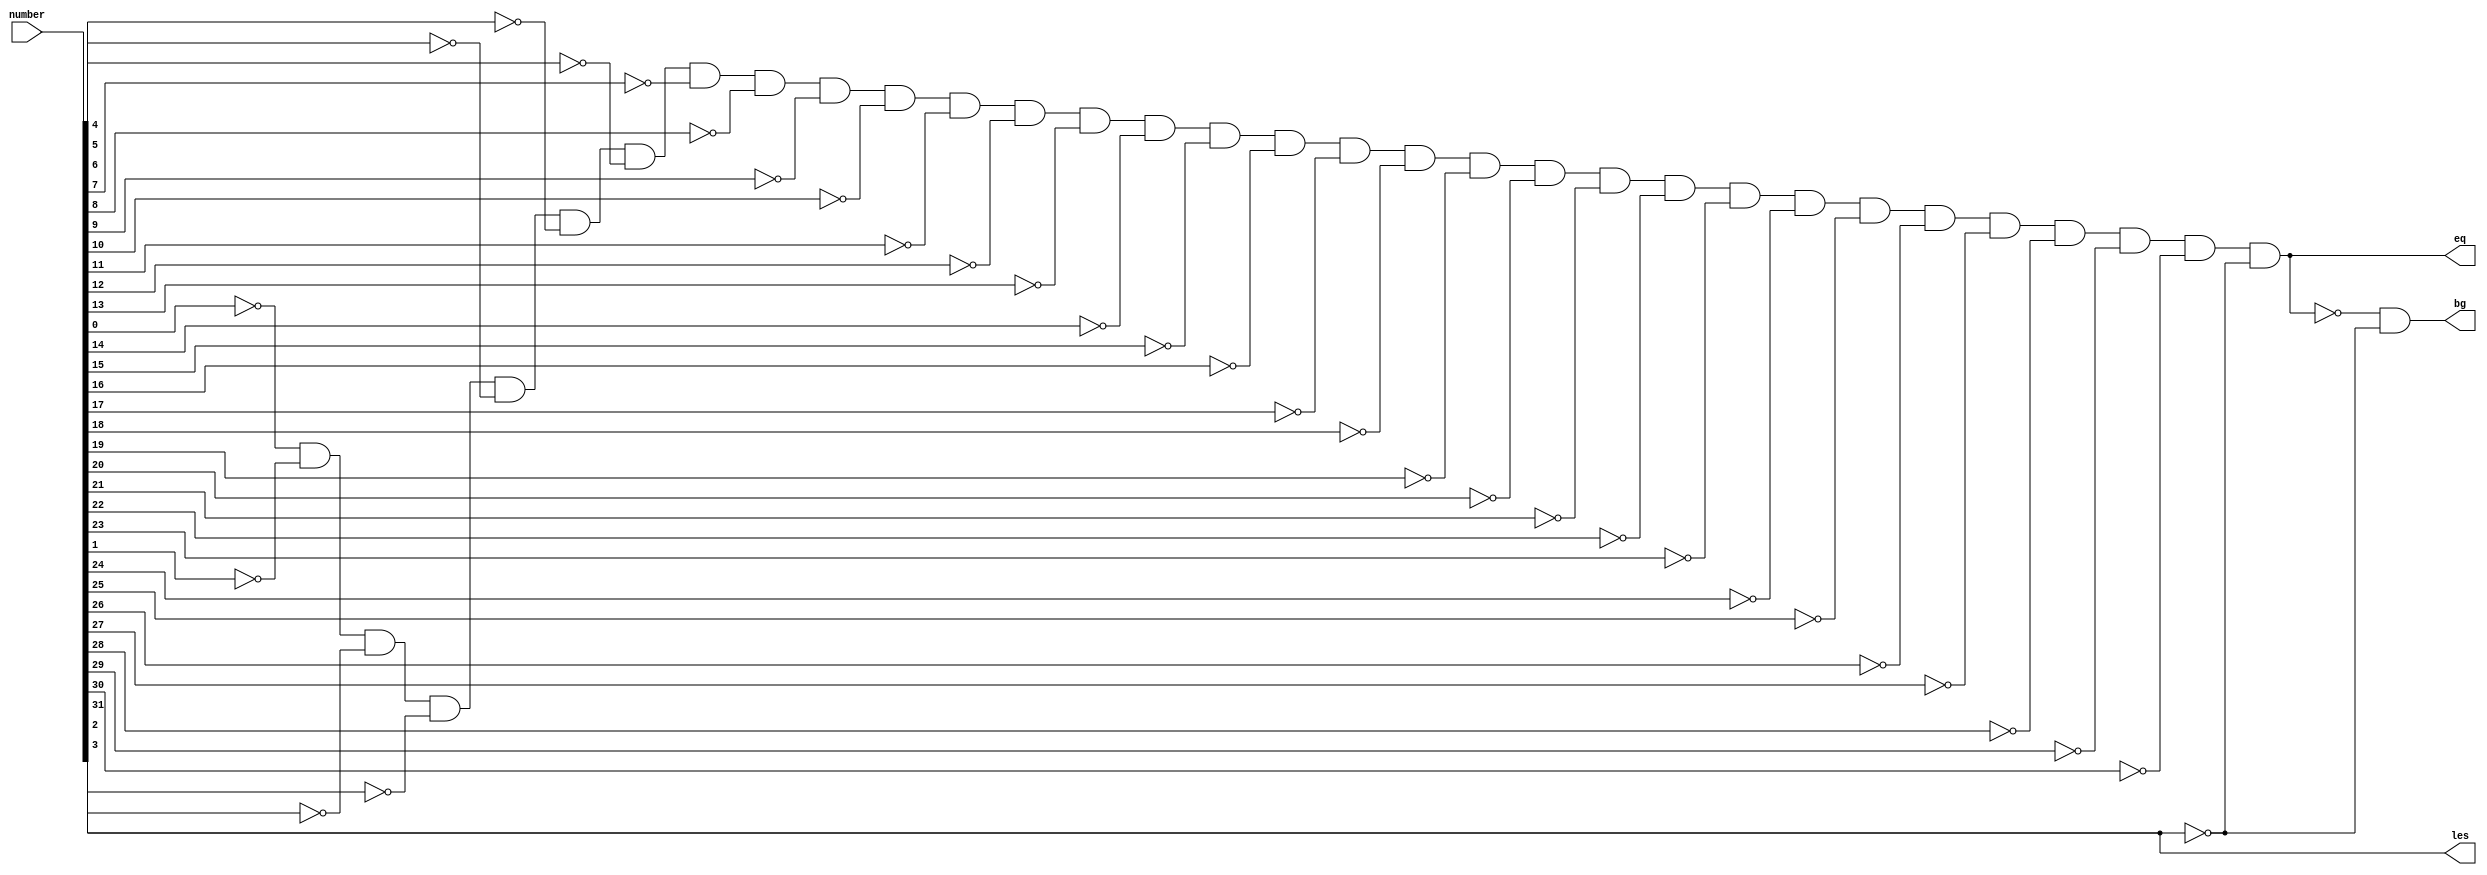
module zero_comp_32bit(bg,les,eq,number);
output bg,les,eq;
input [31:0] number;
wire [31:0] temp;
wire test,abc;

//check least significant bit of number as sign bit
//less will be 1 if sign bit is 1 
and a1(les,number[31],1);

//check equality of zero with xnor gate
xnor a2(temp[0],number[0],0);
xnor a3(temp[1],number[1],0);
xnor a4(temp[2],number[2],0);
xnor a5(temp[3],number[3],0);
xnor a6(temp[4],number[4],0);
xnor a7(temp[5],number[5],0);
xnor a8(temp[6],number[6],0);
xnor a9(temp[7],number[7],0);
xnor a10(temp[8],number[8],0);
xnor a11(temp[9],number[9],0);
xnor a12(temp[10],number[10],0);
xnor a13(temp[11],number[11],0);
xnor a14(temp[12],number[12],0);
xnor a15(temp[13],number[13],0);
xnor a16(temp[14],number[14],0);
xnor a17(temp[15],number[15],0);
xnor a18(temp[16],number[16],0);
xnor a19(temp[17],number[17],0);
xnor a20(temp[18],number[18],0);
xnor a21(temp[19],number[19],0);
xnor a22(temp[20],number[20],0);
xnor a23(temp[21],number[21],0);
xnor a24(temp[22],number[22],0);
xnor a25(temp[23],number[23],0);
xnor a26(temp[24],number[24],0);
xnor a27(temp[25],number[25],0);
xnor a28(temp[26],number[26],0);
xnor a29(temp[27],number[27],0);
xnor a30(temp[28],number[28],0);
xnor a31(temp[29],number[29],0);
xnor a32(temp[30],number[30],0);
xnor a33(temp[31],number[31],0);

and x1(eq,temp[0],temp[1],temp[2],temp[3],temp[4],temp[5],temp[6],temp[7],temp[8],temp[9],temp[10],temp[11],temp[12],temp[13],temp[14],temp[15],temp[16],temp[17],temp[18],temp[19],
temp[20],temp[21],temp[22],temp[23],temp[24],temp[25],temp[26],temp[27],temp[28],temp[29],temp[30],temp[31]);

//bigger will be not of equality and if less is not 1
not n1(abc,eq);
not n2(test,les);
and a48(bg,abc,test);

endmodule